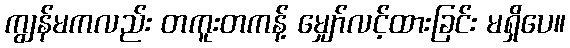
ကျွန်မကလည်း တကူးတကန့် မျှော်လင့်ထားခြင်း မရှိပေ။